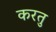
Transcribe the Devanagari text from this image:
करतु